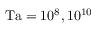
\mathrm { T a } = 1 0 ^ { 8 } , 1 0 ^ { 1 0 }